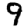
Digit: 9